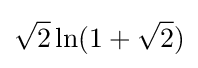
{\sqrt {2}}\ln(1+{\sqrt {2}})